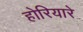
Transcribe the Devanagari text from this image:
होरियारे